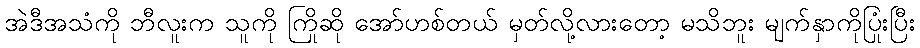
အဲဒီအသံကို ဘီလူးက သူကို ကြိုဆို အော်ဟစ်တယ် မှတ်လို့လားတော့ မသိဘူး မျက်နှာကိုပြုံးပြီး